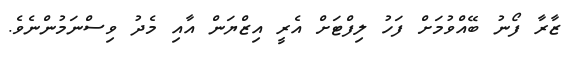
ޒާރާ ފޯނު ބޭއްވުމަށް ފަހު ލިފްޓަށް އެރީ އިޒްޔަން އާއި މެދު ވިސްނަމުންނެވެ.